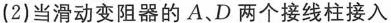
(2)当滑动变阻器的A、D两个接线柱接入